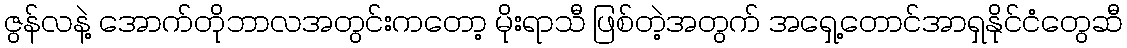
ဇွန်လနဲ့ အောက်တိုဘာလအတွင်းကတော့ မိုးရာသီ ဖြစ်တဲ့အတွက် အရှေ့တောင်အာရှနိုင်ငံတွေဆီ